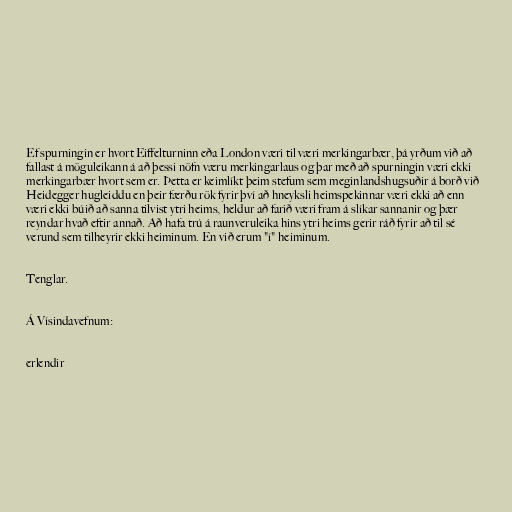
Ef spurningin er hvort Eiffelturninn eða London væri til væri merkingarbær, þá yrðum við að
fallast á möguleikann á að þessi nöfn væru merkingarlaus og þar með að spurningin væri ekki
merkingarbær hvort sem er. Þetta er keimlíkt þeim stefum sem meginlandshugsuðir á borð við
Heidegger hugleiddu en þeir færðu rök fyrir því að hneyksli heimspekinnar væri ekki að enn
væri ekki búið að sanna tilvist ytri heims, heldur að farið væri fram á slíkar sannanir og þær
reyndar hvað eftir annað. Að hafa trú á raunveruleika hins ytri heims gerir ráð fyrir að til sé
verund sem tilheyrir ekki heiminum. En við erum "í" heiminum.

Tenglar.

Á Vísindavefnum:

erlendir